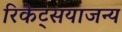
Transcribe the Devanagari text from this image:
रिकेट्सयाजन्य